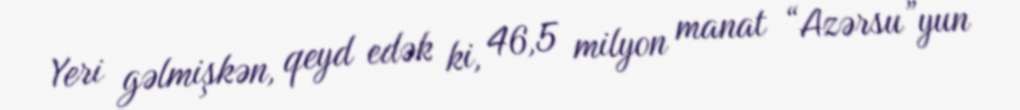
Yeri gəlmişkən, qeyd edək ki, 46,5 milyon manat “Azərsu”yun